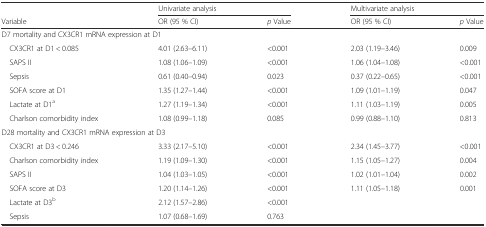
|  | <COLSPAN=2> Univariate analysis | <COLSPAN=2> Multivariate analysis |
 | Variable | OR (95 % CI) | p Value | OR (95 % CI) | p Value |
 | --- | --- | --- | --- | --- |
 | <COLSPAN=5> D7 mortality and CX3CR1 mRNA expression at D1 |
 | CX3CR1 at D1 < 0.085 | 4.01 (2.63–6.11) | <0.001 | 2.03 (1.19–3.46) | 0.009 |
 | SAPS II | 1.08 (1.06–1.09) | <0.001 | 1.06 (1.04–1.08) | <0.001 |
 | Sepsis | 0.61 (0.40–0.94) | 0.023 | 0.37 (0.22–0.65) | <0.001 |
 | SOFA score at D1 | 1.35 (1.27–1.44) | <0.001 | 1.09 (1.01–1.19) | 0.047 |
 | Lactate at D1a | 1.27 (1.19–1.34) | <0.001 | 1.11 (1.03–1.19) | 0.005 |
 | Charlson comorbidity index | 1.08 (0.99–1.18) | 0.085 | 0.99 (0.88–1.10) | 0.813 |
 | <COLSPAN=5> D28 mortality and CX3CR1 mRNA expression at D3 |
 | CX3CR1 at D3 < 0.246 | 3.33 (2.17–5.10) | <0.001 | 2.34 (1.45–3.77) | <0.001 |
 | Charlson comorbidity index | 1.19 (1.09–1.30) | <0.001 | 1.15 (1.05–1.27) | 0.004 |
 | SAPS II | 1.04 (1.03–1.05) | <0.001 | 1.02 (1.01–1.04) | 0.002 |
 | SOFA score at D3 | 1.20 (1.14–1.26) | <0.001 | 1.11 (1.05–1.18) | 0.001 |
 | Lactate at D3b | 2.12 (1.57–2.86) | <0.001 | <COLSPAN=2>  |
 | Sepsis | 1.07 (0.68–1.69) | 0.763 | <COLSPAN=2>  |